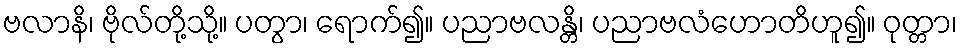
ဗလာနိ၊ ဗိုလ်တို့သို့။ ပတွာ၊ ရောက်၍။ ပညာဗလန္တိ၊ ပညာဗလံဟောတိဟူ၍။ ဝုတ္တာ၊